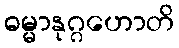
ဓမ္မာနုဂ္ဂဟောတိ